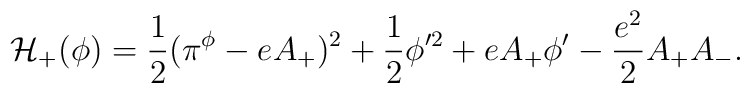
{\cal H}_+(\phi )={1\over 2}(\pi ^\phi -eA_+)^2+{1\over 2}\phi '^2+eA_+\phi '-{{e^2}\over 2}A_+A_-.